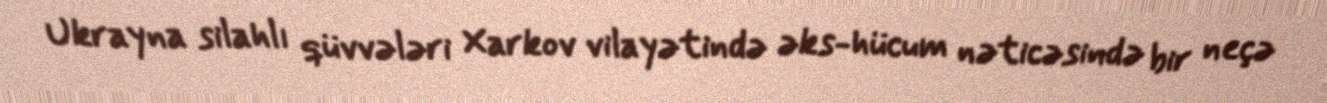
Ukrayna silahlı qüvvələri Xarkov vilayətində əks-hücum nəticəsində bir neçə